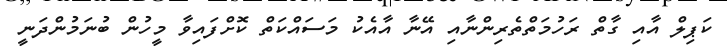
ކަޕިލް އާއި ގާތް ރަހުމަތްތެރިންނާއި އޭނާ އާއެކު މަސައްކަތް ކޮށްފައިވާ މީހުން ބުނަމުންދަނީ